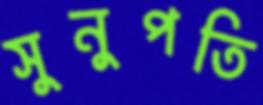
সুনুপতি